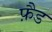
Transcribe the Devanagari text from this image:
फ़ैड